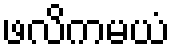
ဖလိကမယံ